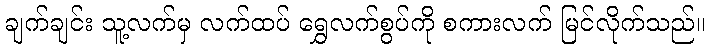
ချက်ချင်း သူ့လက်မှ လက်ထပ် ရွှေလက်စွပ်ကို စကားလက် မြင်လိုက်သည်။